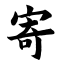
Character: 寄